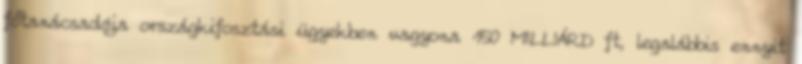
főtanácsadója országkifosztási ügyekben vagyona 150 MILLIÁRD ft, legalábbis ennyit